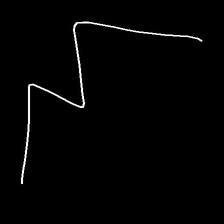
Glyph: crush